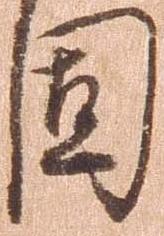
固